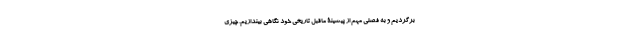
برگردیم و به فصلی مهم از پیشینۀ ماقبل تاریخی خود نگاهی بیندازیم. چیزی